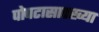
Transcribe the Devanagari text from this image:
पोपटासारख्या